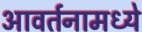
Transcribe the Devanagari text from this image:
आवर्तनामध्ये